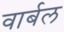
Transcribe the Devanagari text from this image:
वार्बल